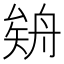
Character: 𦩉